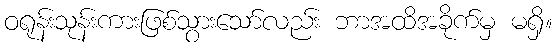
ဝရုန်းသုန်းကားဖြစ်သွားသော်လည်း ဘာအထိအခိုက်မှ မရှိ။